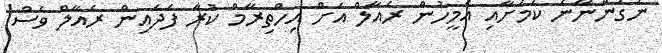
ނުގަންނާނެ ކަމަށާއި އެމީހުން ރެއާލް އަށް އިހްތިރާމް ކުރާ ފަދައިން ރެއާލް ވެސް